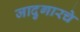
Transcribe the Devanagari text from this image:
जादुगारचे